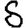
Digit: 8